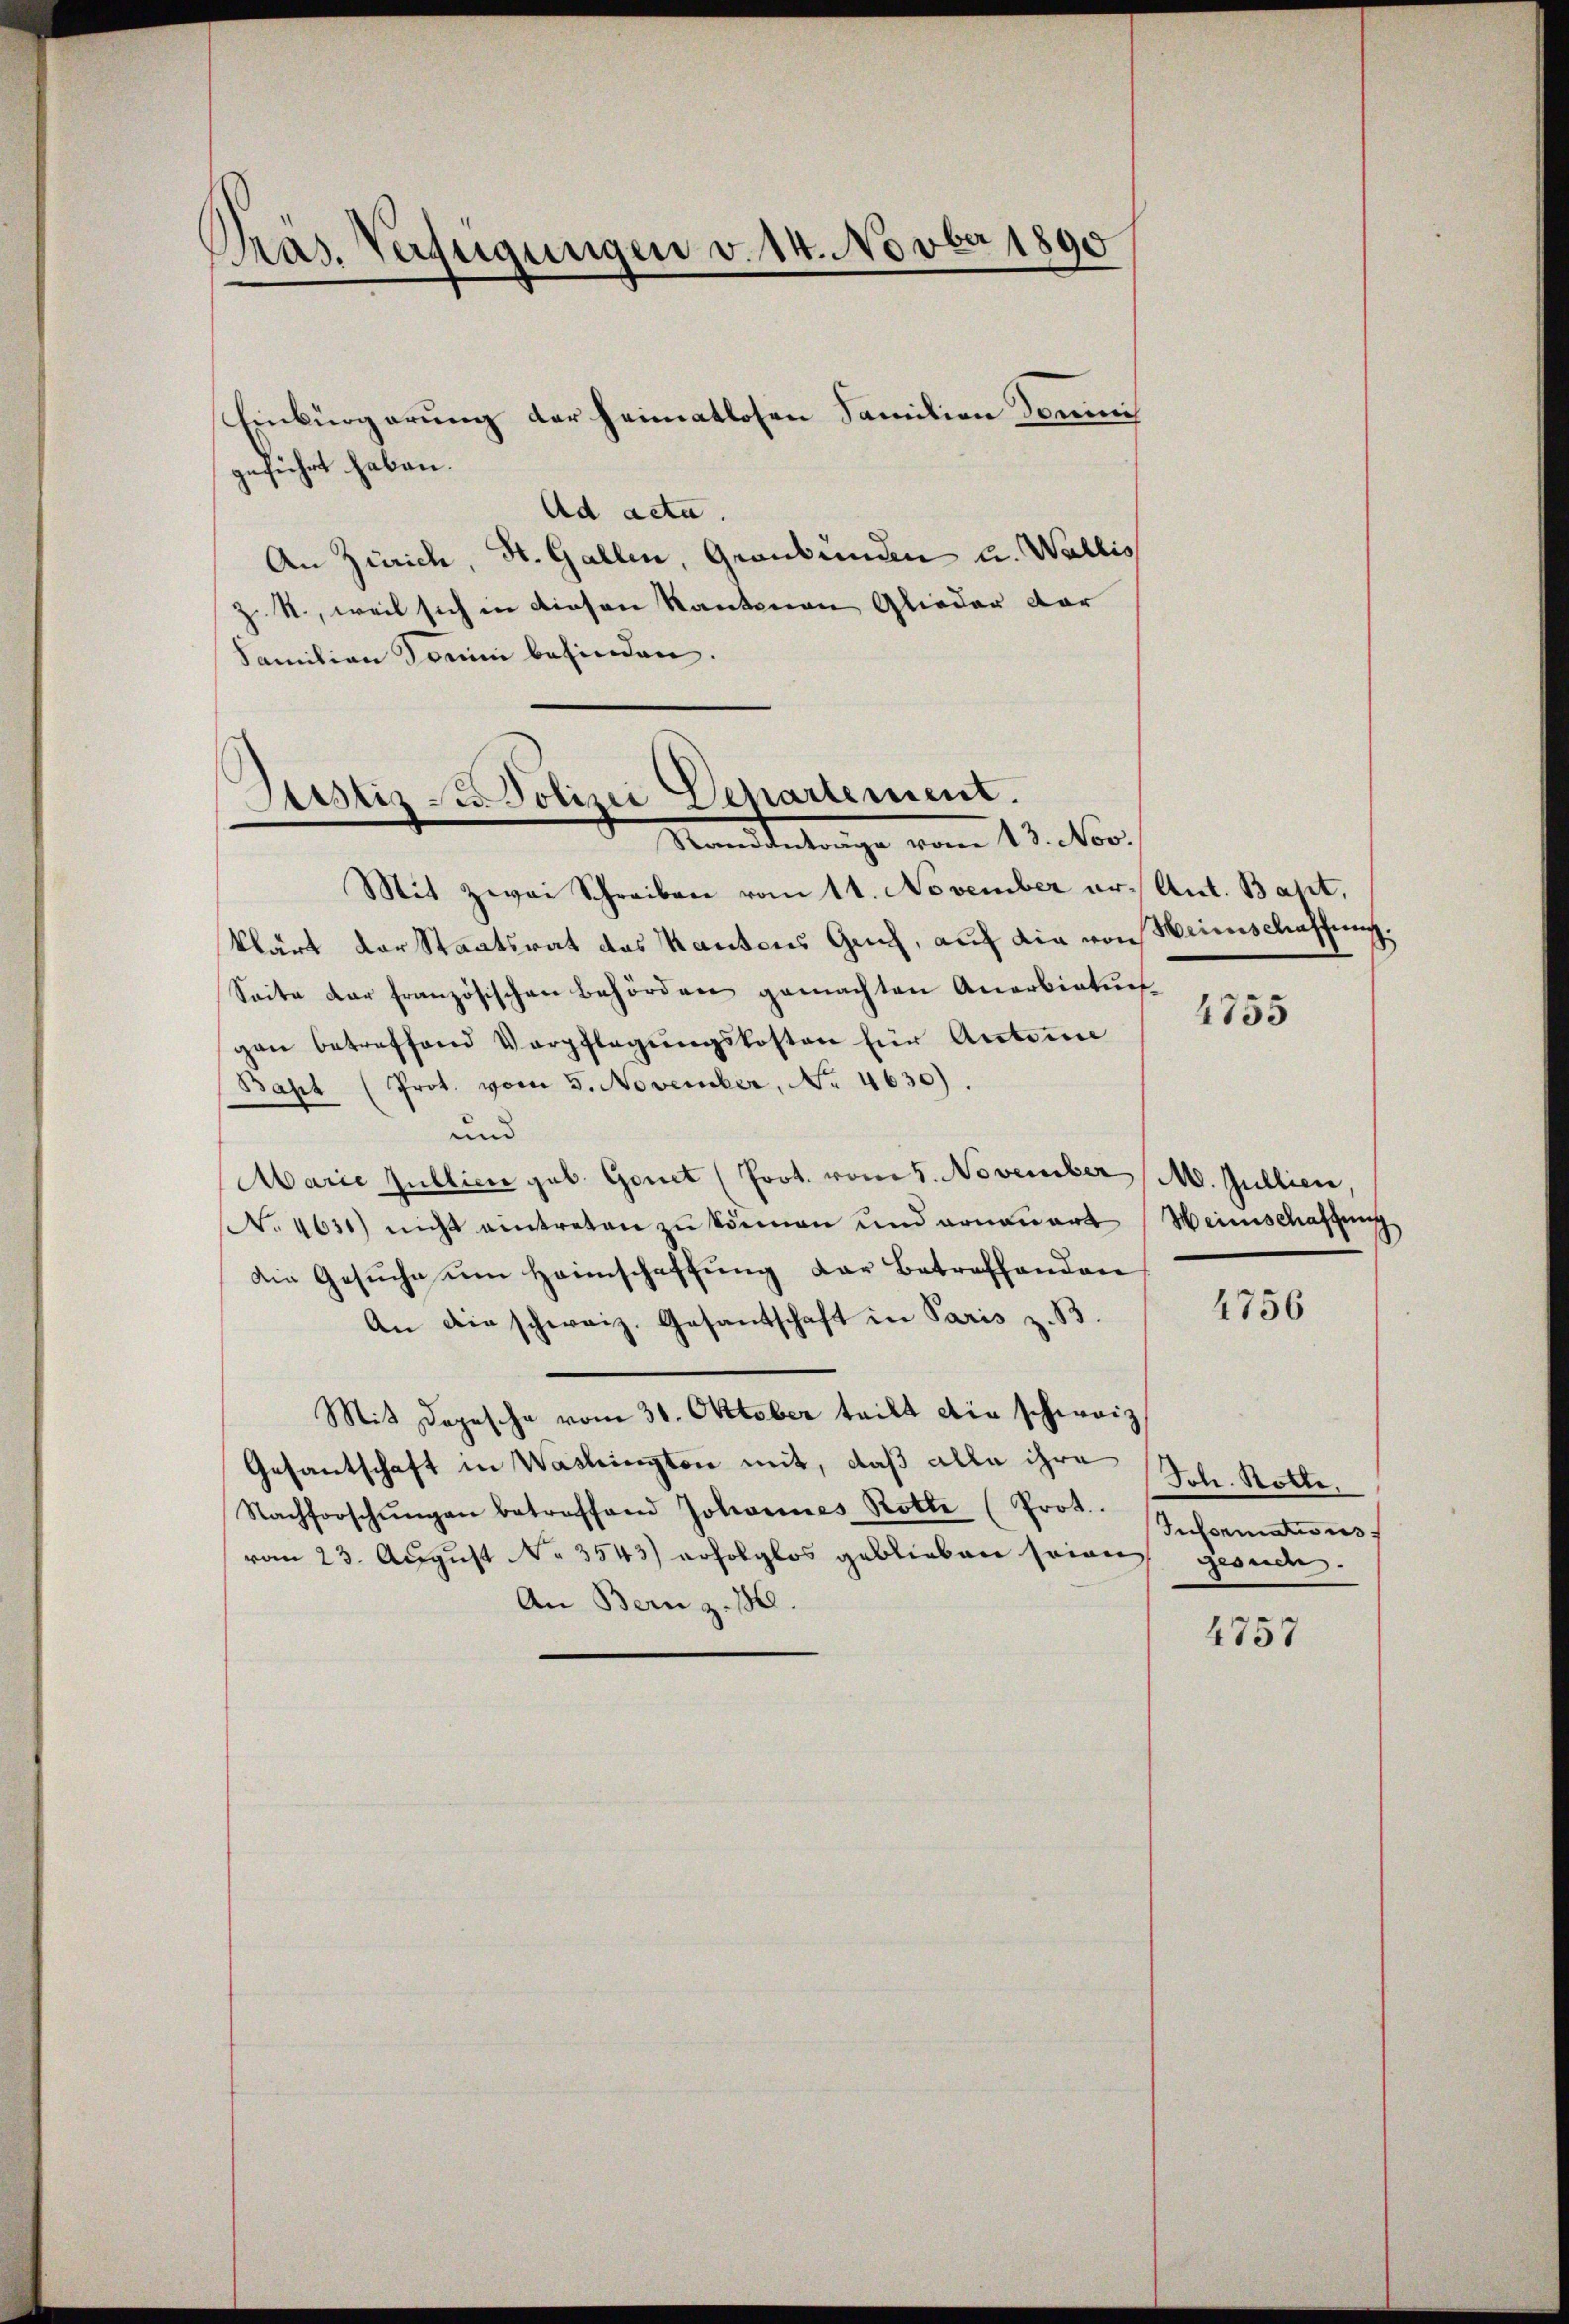
Präs. Verfügungen v. 14. Novber 1890

geführt haben.
Ad acta.
An Zürich, St. Gallen, Graubünden u. Wallis
z. R., weil sich in diesen Kantonen Glieder dor
Familien darin befinden.

Einbürgerung der heimatlosen Familien Dominis

Justiz- u. Polizei Cepartement.
Kaddetrage vom 13. No.

Mit zwei Schreiben vom 11. November er- Ant. Bapt.
klärt der Staatsrat des Kantons Gech, auf die von Weinschaffung.
Seite der französischen Behörden gemachten Anerbietunggen betreffend Verpflegŭngskosten für Anteie
Baht (Prot. vom 5. November, No. 4630).
und
Marie Publici geb. Gonet (Prot. vom 5. November M. Jullien.
No. 4631) nicht eintreten zu können und vonowart
Die Gesuche um Heimschaffung der Betreffenden
An die schweiz. Gesandschaft in Paris z. B.
Mit Depesche vom 30. Oktober teilt die schweiz
Gesantschaft in Washingten mit, daß alle ihre
Nachforschŭngen betroffend Johannes Rotte (Prot.
vom 23. August No 3543) erfolglos geblieben seien gesuch.
An Bern z. 1860.

4755

Weinschaffung

4756

Joh. Rotte,
Informations

4757